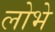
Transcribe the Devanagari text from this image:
लोभे